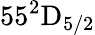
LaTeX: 55^{2}\mathrm{D}_{5/2}